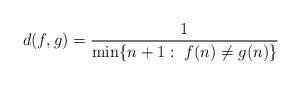
\begin{align*}d(f,g)=\frac{1}{\min \{n+1: \ f(n)\neq g(n)\}}\end{align*}